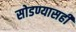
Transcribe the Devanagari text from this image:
सोडण्यासही